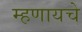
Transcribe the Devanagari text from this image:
म्‍हणायचे